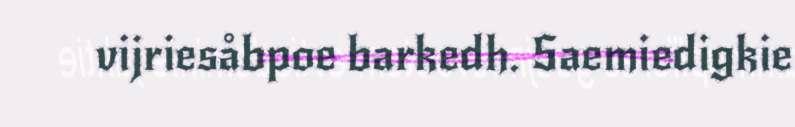
vijriesåbpoe barkedh. Saemiedigkie